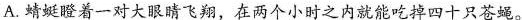
A.蜻蜓瞪着一对大眼睛飞翔，在两个小时之内就能吃掉四十只苍蝇。